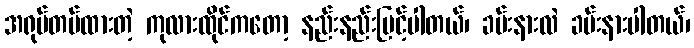
အရုပ်တပ်ထားတဲ့ ကုလားထိုင်ကတော့ နည်းနည်းမြင့်ပါတယ်၊ ခမ်းနားလဲ ခမ်းနားပါတယ်၊